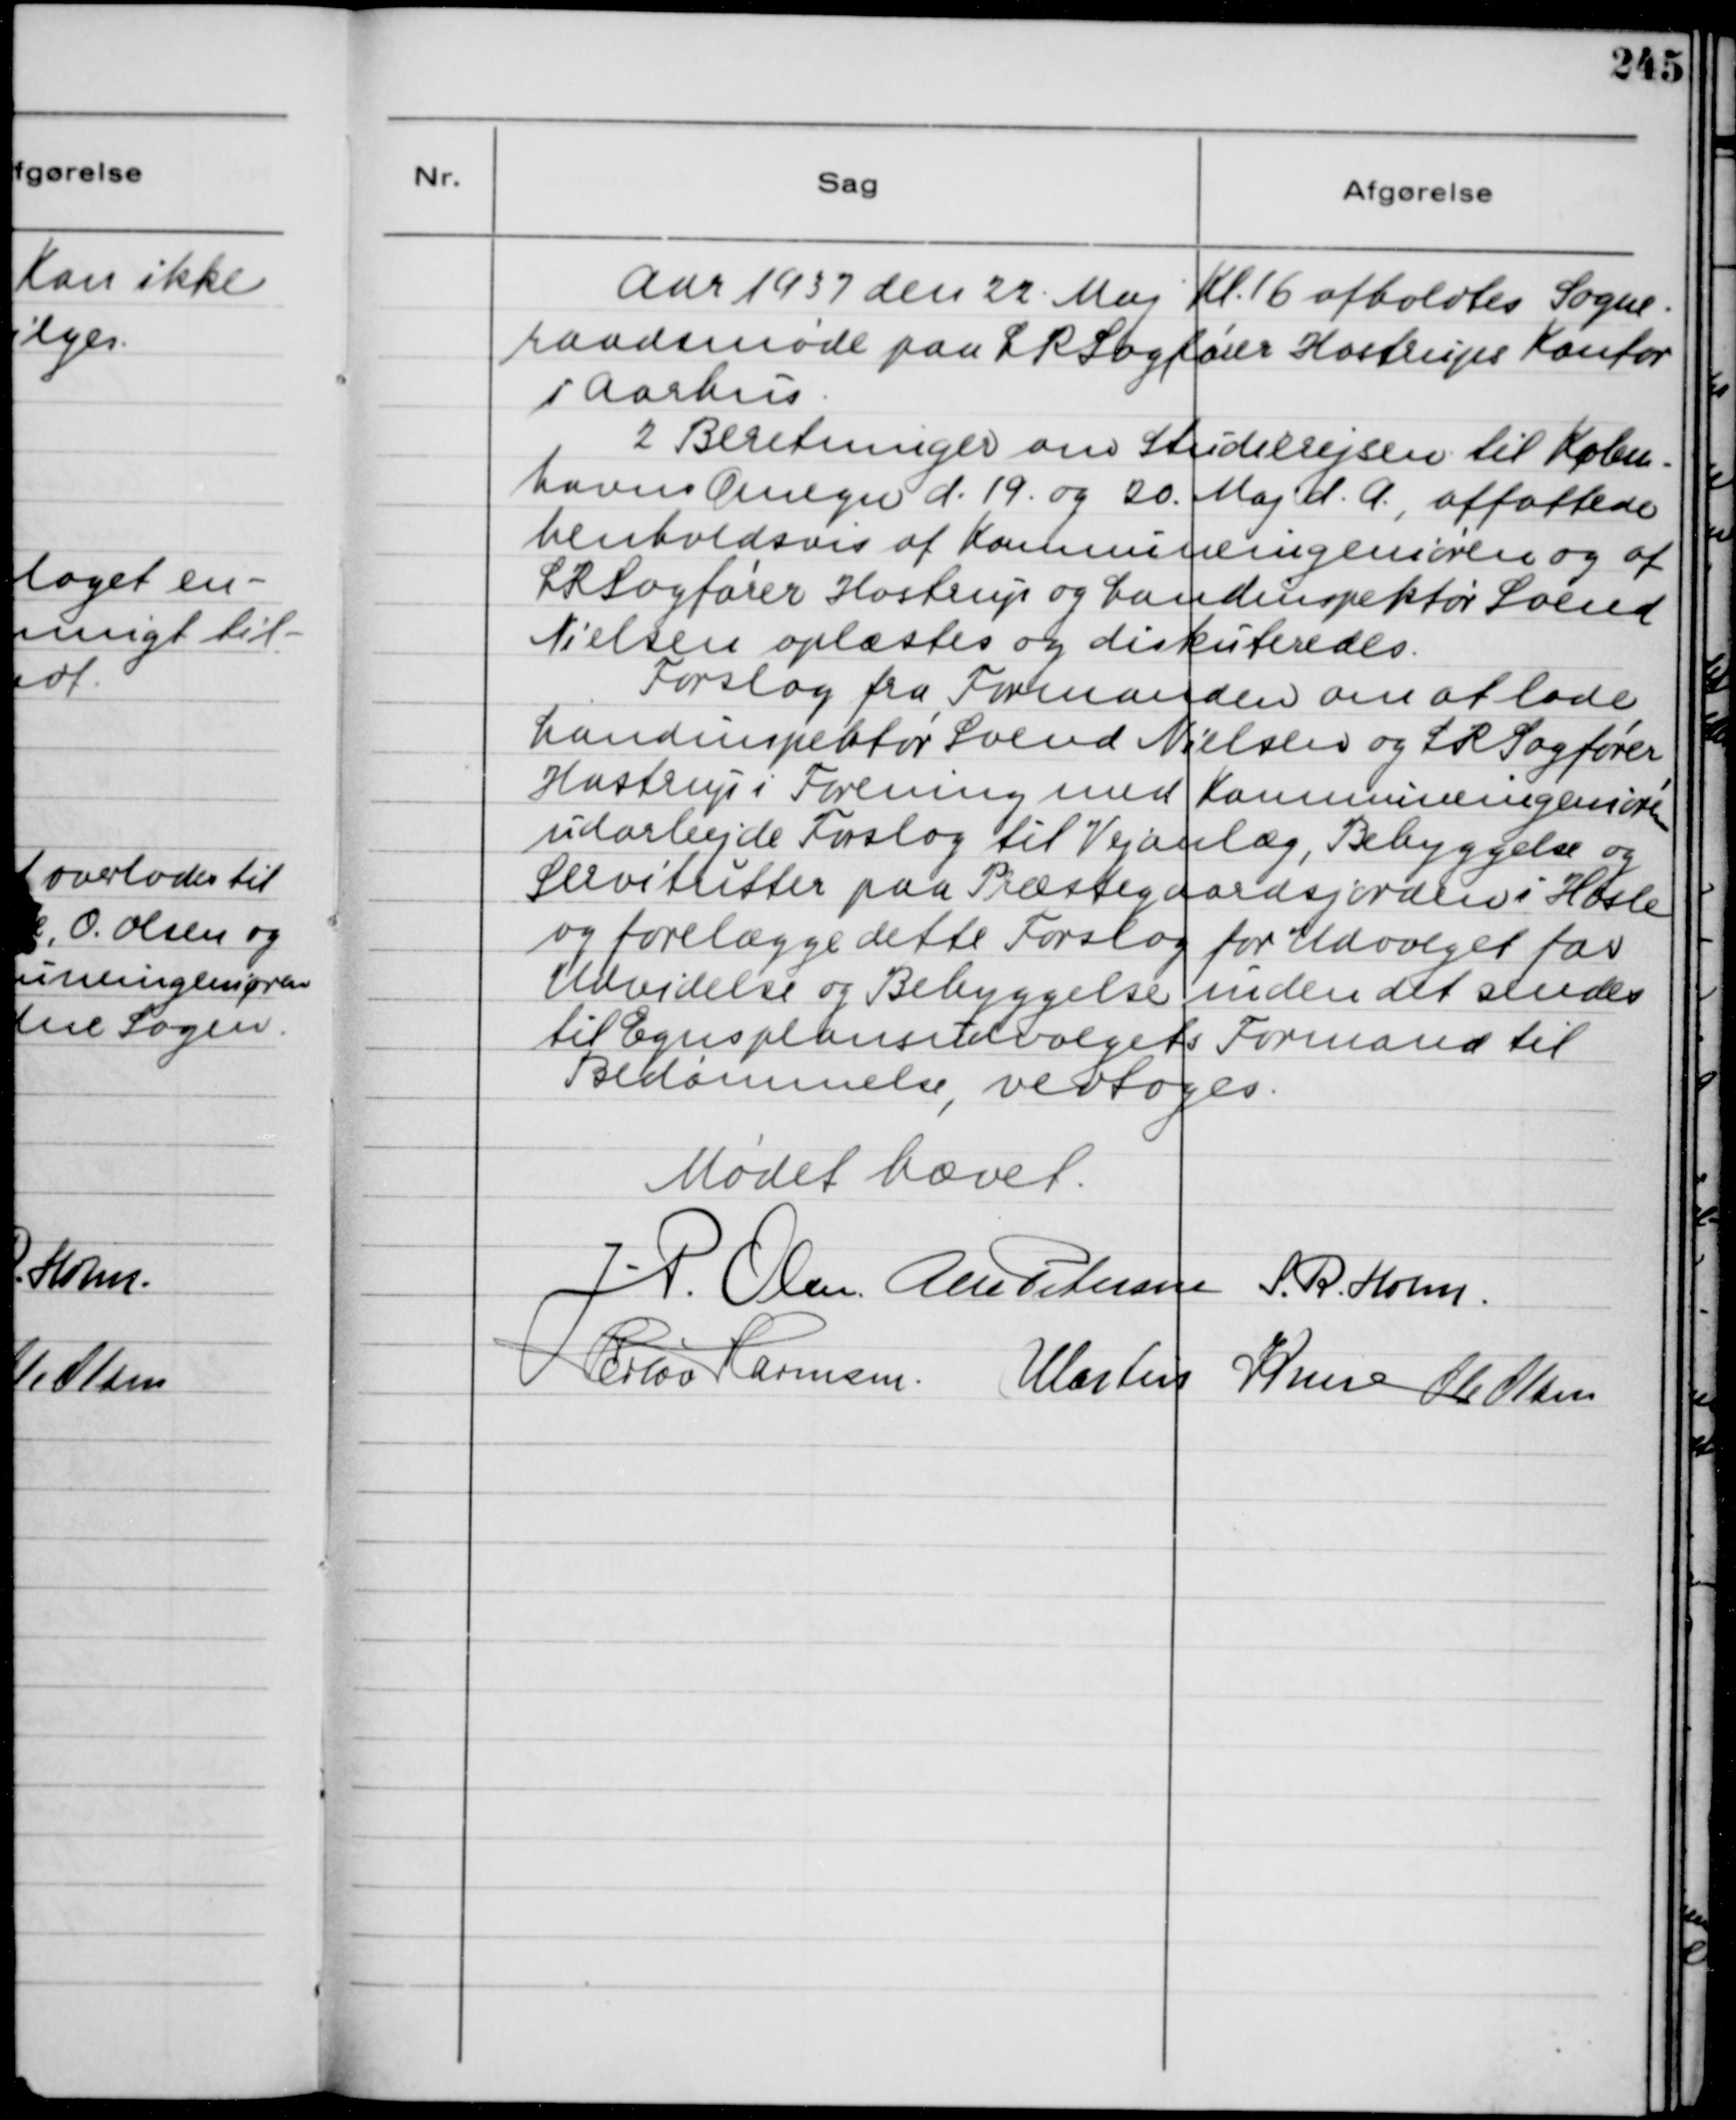
Transskription:
Aar 1937 den 22. Maj Kl. 16 afholdtes Sogne-
raadsmøde paa LR Sagfører Hastrups Kontor
i Aarhus.
2 Beretninger om Studierejsen til Køben-
havns Omegn d. 19. og 20. Maj d. A. affattede
henholdsvis af Kommuneingeniøren og af
LR Sagfører Hastrup og Landinspektør Svend
Nielsen oplæstes og diskuteredes.
Forslag fra Formanden om at lade
Landinspektør Svend Nielsen og LR Sagfører
Hastrup i Forening med Kommuningeniøren
udarbejde Forslag til Vejanlæg, Bebyggelse og
Servitutter paa Præstegaardsjorden i Hasle
og forelægge dette Forslag for Udvalget for
Udvidelse og Bebyggelse inden det sendes
til Egnsplansudvalgets Formand til
Bedømmelse, vedtoges.

Mødet hævet.
J. P. Olsen
Alex Petersen
S. R. Holm
Herlou Harmsen
Martin Kruse
Ole Olsen